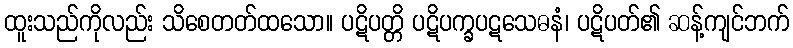
ထူးသည်ကိုလည်း သိစေတတ်ထသော။ ပဋိပတ္တိ ပဋိပက္ခပဋသေဓနံ၊ ပဋိပတ်၏ ဆန့်ကျင်ဘက်